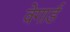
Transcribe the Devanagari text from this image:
वेगार्ड